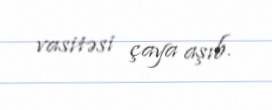
vasitəsi çaya aşıb.